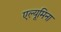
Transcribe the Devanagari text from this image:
एल्यूमिना